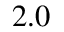
2 . 0